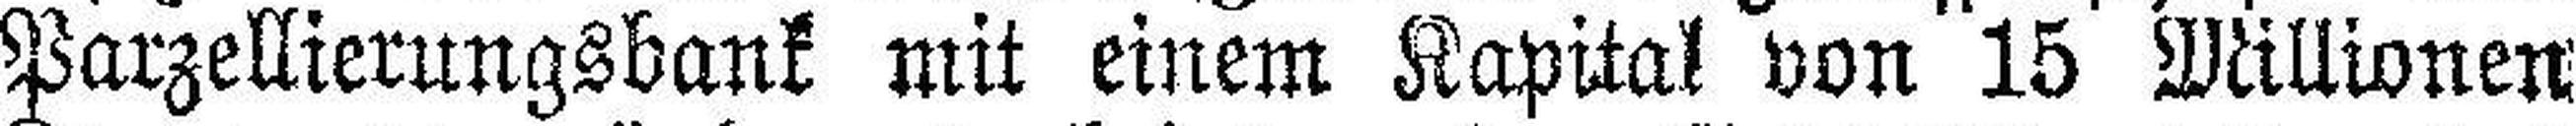
Parzellierungsbank mit einem Kapital von 15 Millionen